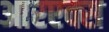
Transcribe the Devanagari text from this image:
आरएक्स